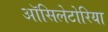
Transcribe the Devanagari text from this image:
ऑसिलेटोरिया